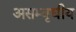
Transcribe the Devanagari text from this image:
असम्वृधीय